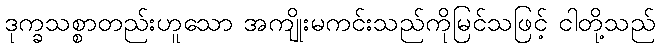
ဒုက္ခသစ္စာတည်းဟူသော အကျိုးမကင်းသည်ကိုမြင်သဖြင့် ငါတို့သည်